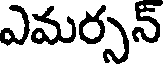
ఎమర్సన్